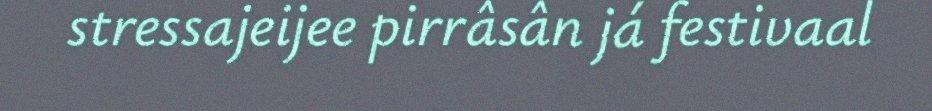
stressajeijee pirrâsân já festivaal